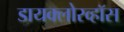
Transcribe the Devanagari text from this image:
डायक्लोरव्हॉस